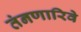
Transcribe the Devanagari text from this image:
तंनणारिवे